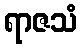
ရာဇသံ